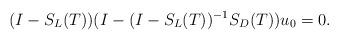
LaTeX: \begin{align*}(I-S_{L}(T))(I-(I-S_{L}(T))^{-1}S_{D}(T))u_{0}=0.\end{align*}